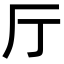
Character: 厅